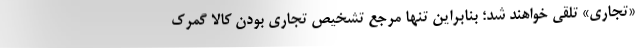
«تجاری» تلقی خواهند شد؛ بنابراین تنها مرجع تشخیص تجاری بودن کالا گمرک